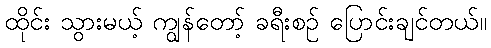
ထိုင်း သွားမယ့် ကျွန်တော့် ခရီးစဉ် ပြောင်းချင်တယ်။